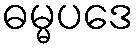
ဓမ္မပဒေ